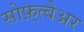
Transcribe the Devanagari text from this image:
सोफ़्त्वेअर